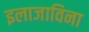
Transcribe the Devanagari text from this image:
इलाजाविना